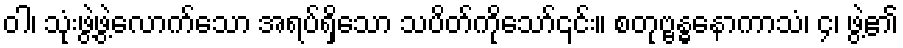
ဝါ၊ သုံးဖွဲ့ဖွဲ့လောက်သော အရပ်ရှိသော သပိတ်ကိုသော်၎င်း။ စတုဗ္ဗန္ဓနောကာသံ၊ ၄၊ ဖွဲ့၏